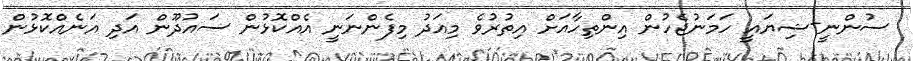
ސުންނީ-ޝިޔައީ ހަމަނުޖެހުން އިންތިހާއަށް އިތުރުވެ މިއަދު މިފެންނަނީ އެއްކޮޅުން ސައުދޫން އަދި އަނެއްކޮޅުން